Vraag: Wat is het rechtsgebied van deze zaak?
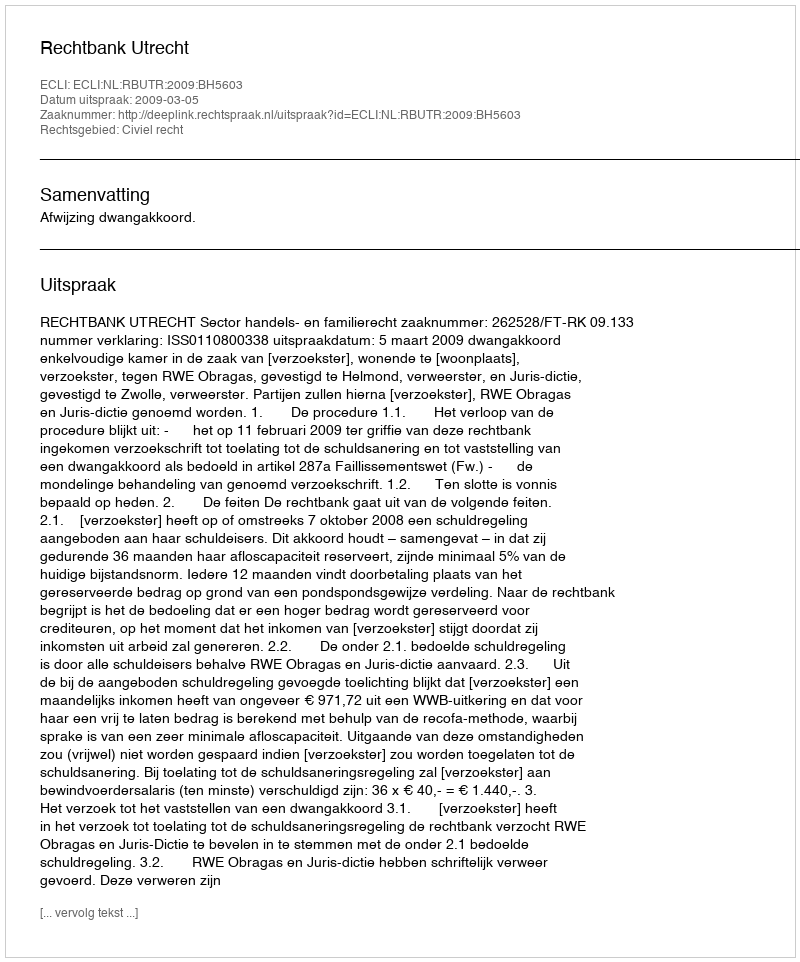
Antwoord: Civiel recht